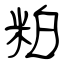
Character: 粕